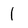
Character: 1